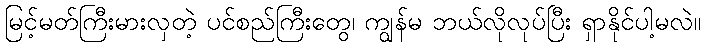
မြင့်မတ်ကြီးမားလှတဲ့ ပင်စည်ကြီးတွေ၊ ကျွန်မ ဘယ်လိုလုပ်ပြီး ရှာနိုင်ပါ့မလဲ။